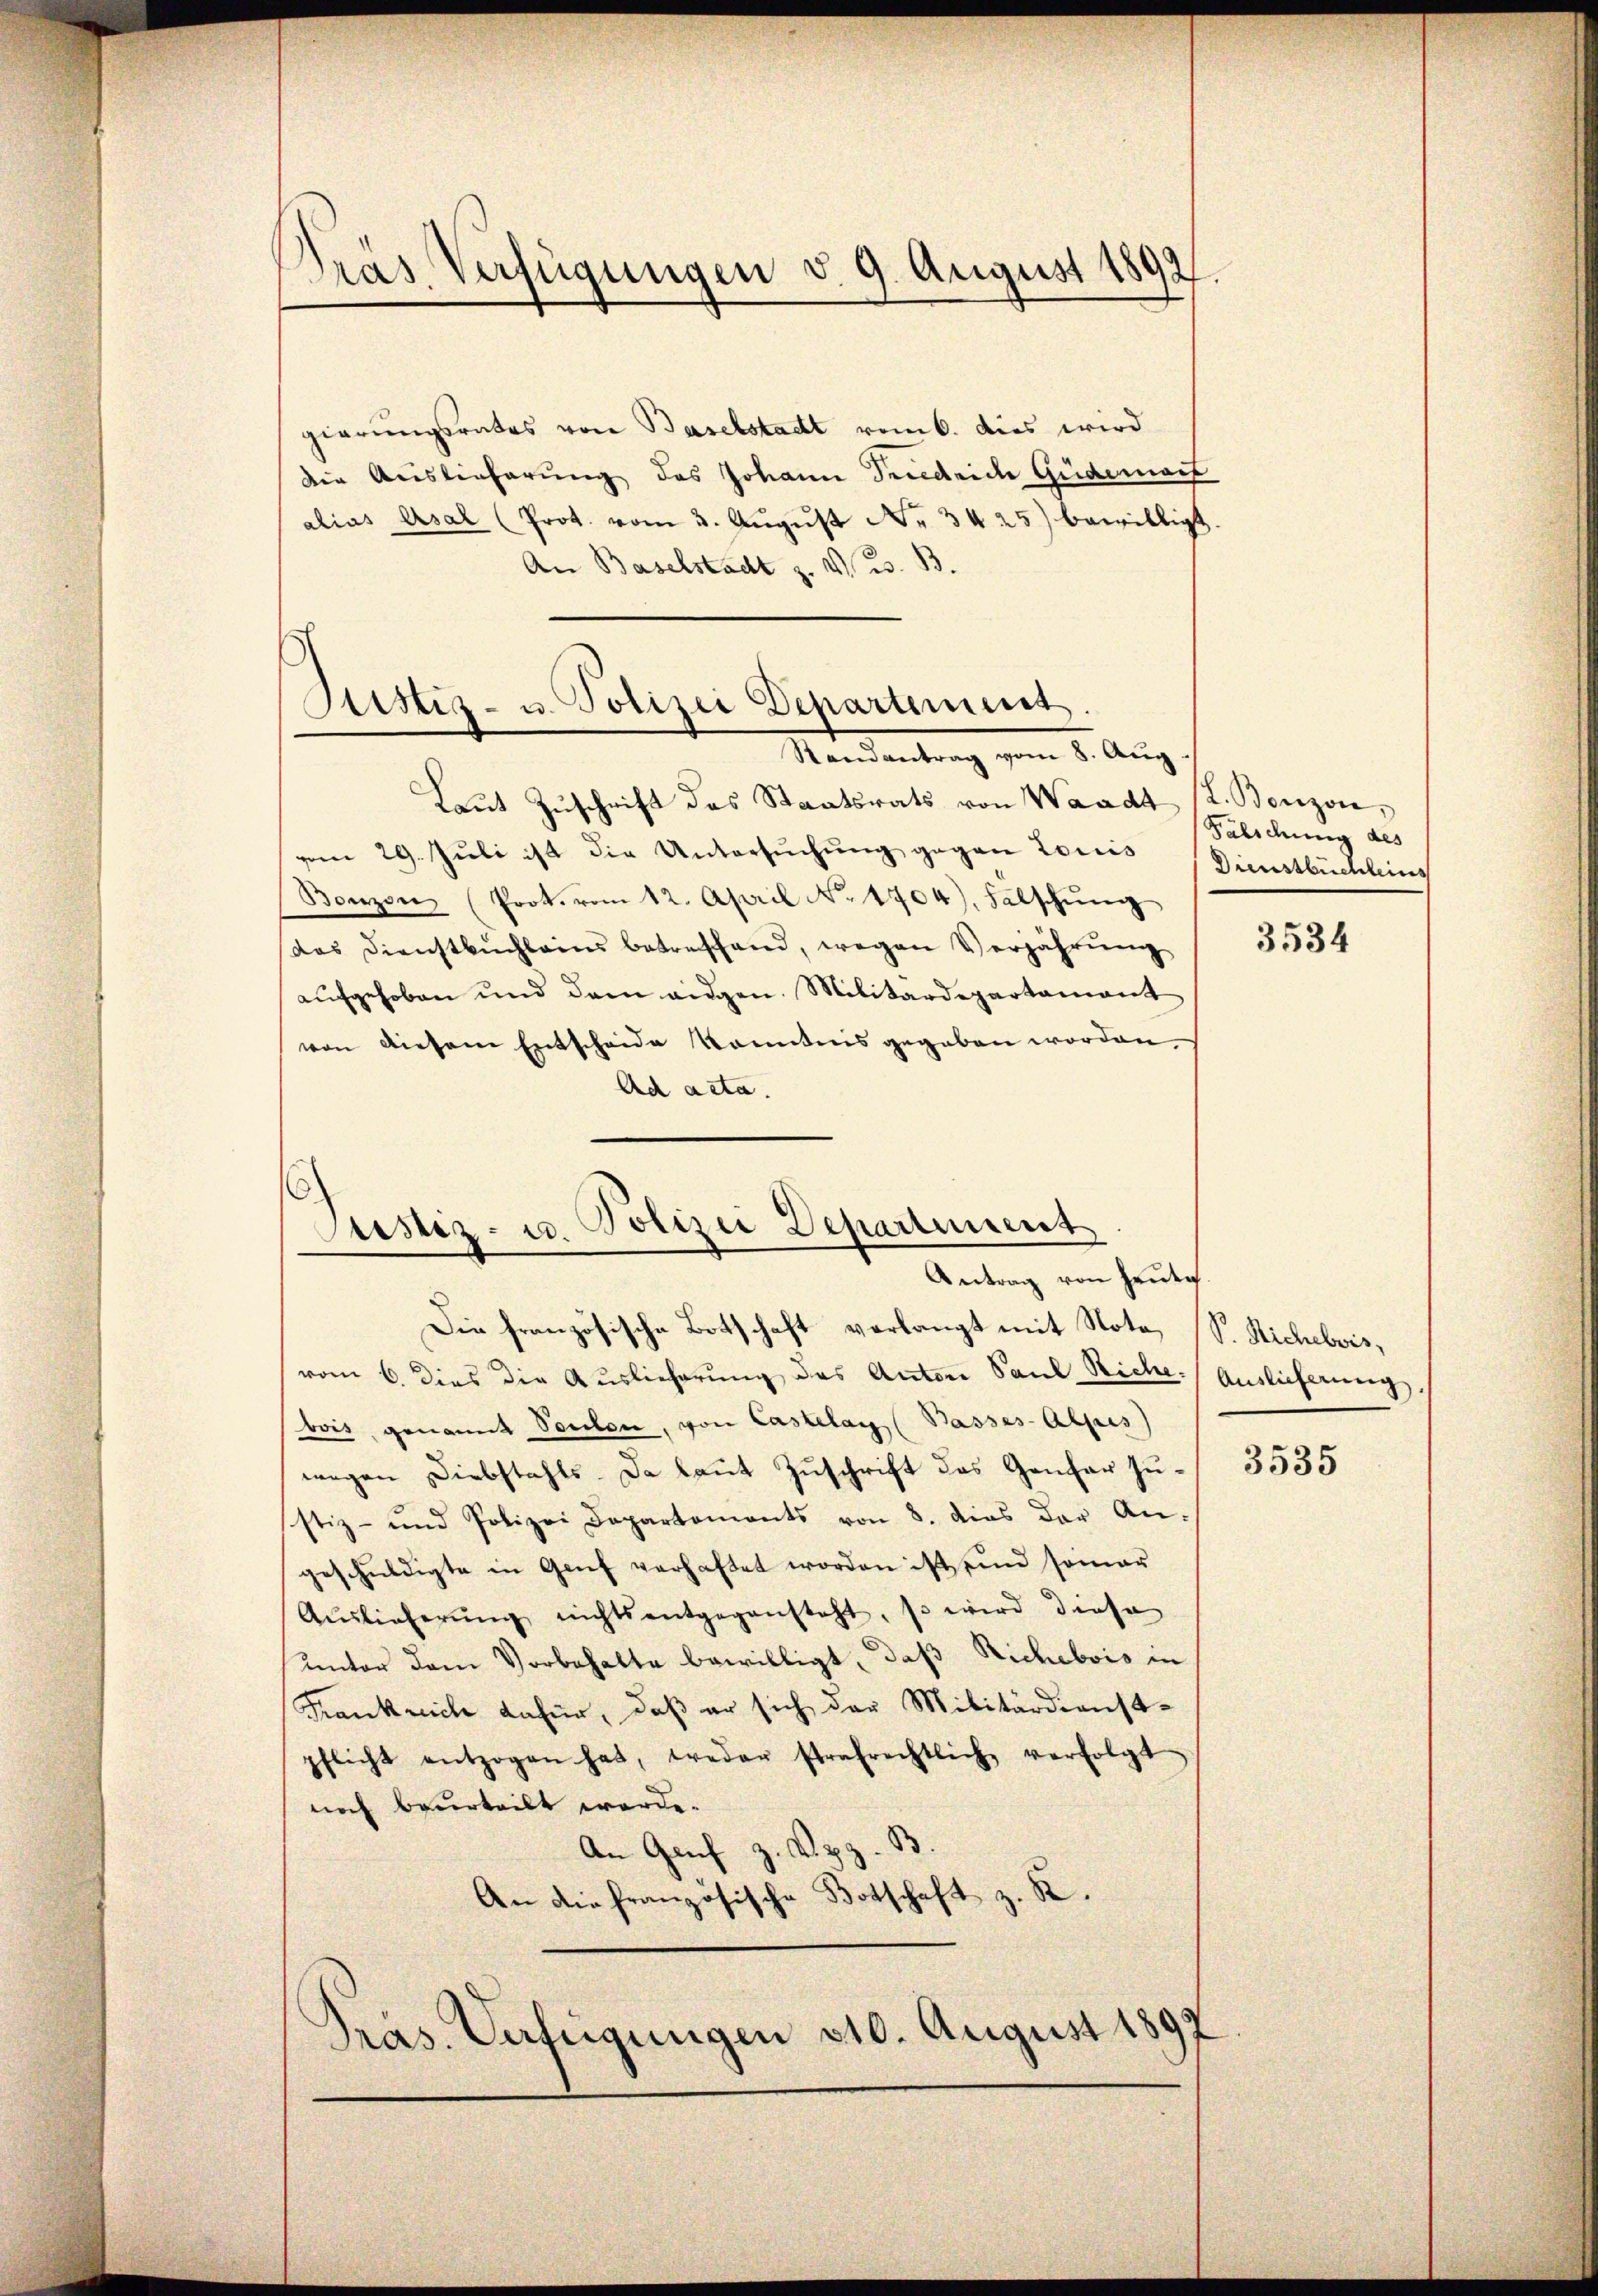
Präs. Verfügungen v. 9. August 1892

gierungsrates von Baselstadt vom 6. dies wird
die Auslieferung des Johann Friedrich Güdemant
alias Asal (Prot. vom 3. Aŭgŭst Nr. 34 25) bewilligt.
An Baselstadt z. V. B.
¬
Justiz- u. Polizei Departement

Randantrag vom 8. Aŭg.

Laŭt Zŭschrift das Staatsrats von Waadt 12. Bonzon,
vom 29. Juli ist die Untersŭchŭng gegen Louis
Bonzon (Prot. vom 12. April No 1704) Fälschŭng
(das Dienstbuchleins betreffend, wegen Verjährung
aŭfgehoben und dem eidgen. Militärdepartamant
von diesem Entscheide konntnis gegeben worden.
Ad acta.
Die französische Botschaft verlangt mit Note (S. Sichebvis,
vom 6. Dies die Auslieferung des Anton Paul Riche Auslieferung
bois, genannt Penten, von Caskelay (Basses-Alpis)
wegen Diebstahls. Da laut Zuschrift das Genfer zustiz- und Polizei Departaments von 8. dies der An-
geschuldigte in Genf verhaftet worden ist, sind somar
Aŭslieferŭng nichts entgegensteht, so wird diese
unter dem Vorbehalte bewilligt, daß Richebois in
Frankreich dafür, daß er sich der Militärdienst-
pflicht entzogen hat, weder strafrechtlich verfolgt
noch beurteilt werde.
An Genf z. Syz. B.
Botschaft z. B.
An die französische S
Präs. Verfügungen 310. August 1899

Justiz- u. Polizei Departement
Antrag von heute.

Fälschung des
Dienstbüchleins

3534

3535